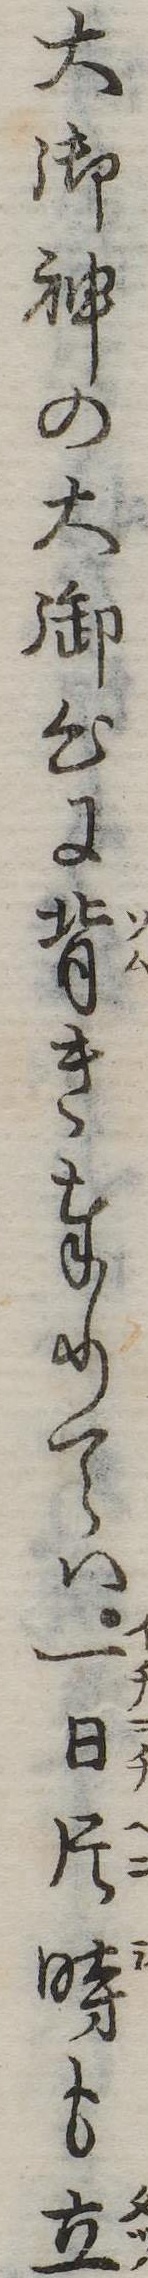
大御神の大御心に背き奉りては一日片時も立